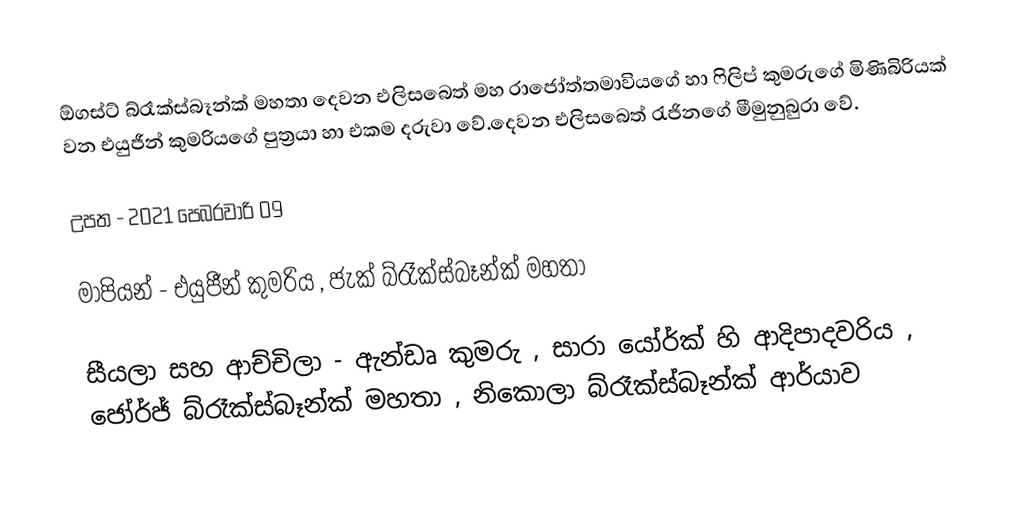
ඕගස්ට් බ්රෑක්ස්බෑන්ක් මහතා දෙවන එලිසබෙත් මහ රාජෝත්තමාවියගේ හා ෆිලිප් කුමරුගේ මිණිබිරියක් වන එයුජීන් කුමරියගේ පුත්‍රයා හා එකම දරුවා වේ.දෙවන එලිසබෙත් රැජිනගේ මීමුනුබුරා වේ.

උපත - 2021 පෙබරවාරි 09

මාපියන් - එයුජීන් කුමරිය , ජැක් බ්රෑක්ස්බෑන්ක් මහතා

සීයලා සහ ආච්චිලා - ඇන්ඩෘ කුමරු , සාරා යෝර්ක් හි ආදිපාදවරිය , ජෝර්ජ් බ්රෑක්ස්බෑන්ක් මහතා , නිකොලා බ්රෑක්ස්බෑන්ක් ආර්යාව